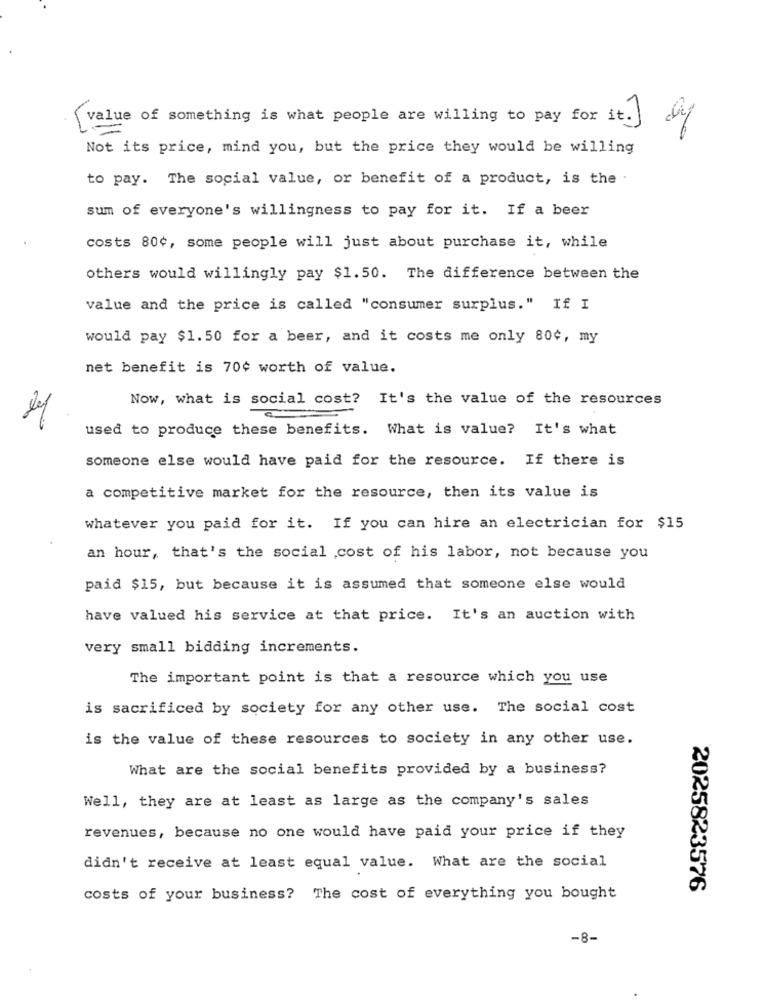
value of something is what people are willing to pay for it. de
Not its price, mind you, but the price they would be willing
to pay. The social value, or benefit of a product, is the
sum of everyone's willingness to pay for it. If a beer
costs 80¢, some people will just about purchase it, while
others would willingly pay $1.50. The difference between the
value and the price is called "consumer surplus." If I
would pay $1.50 for a beer, and it costs me only 80¢, my
net benefit is 70¢ worth of value.
Now, what is social cost? It's the value of the resources
used to produce these benefits. What is value? It's what
someone else would have paid for the resource. If there is
a competitive market for the resource, then its value is
whatever you paid for it. If you can hire an electrician for $15
an hour, that's the social cost of his labor, not because you
paid $15, but because it is assumed that someone else would
have valued his service at that price. It's an auction with
very small bidding increments.
The important point is that a resource which you use
is sacrificed by society for any other use. The social cost
is the value of these resources to society in any other use.
What are the social benefits provided by a business?
Well, they are at least as large as the company's sales
revenues, because no one would have paid your price if they
didn't receive at least equal value. What are the social
2025823576
costs of your business? The cost of everything you bought
-8-